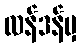
လန်ဒန်မှ